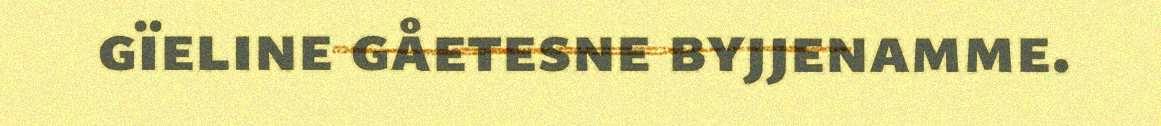
gïeline gåetesne byjjenamme.